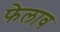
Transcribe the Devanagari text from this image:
फेलाव